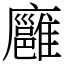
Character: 廱